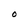
Character: O